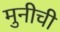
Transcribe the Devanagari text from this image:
मुनीची